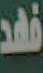
فهد